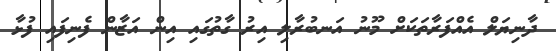
ދާނިޔަލް އެއްފަރާތަކަށް މޫނު އަނބުރާލި އިރު ގާތުގައި އިން އަޒާން ފެނިފައި ފުޅާ